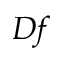
{ \cal D } f